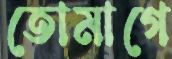
তোমাগে